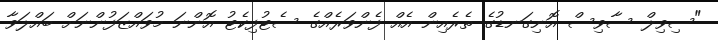
"ސިވިލް ސާވިސް އޮނިގަނޑުގެ ތެރެއިން އެއް ފެންވަރެއްގެ ސެޓުފިކެޓު އޮންނަ މުވައްޒަފުންނަށް ބައްލަވާ